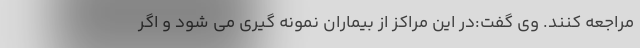
مراجعه کنند. وی گفت:در این مراکز از بیماران نمونه گیری می شود و اگر